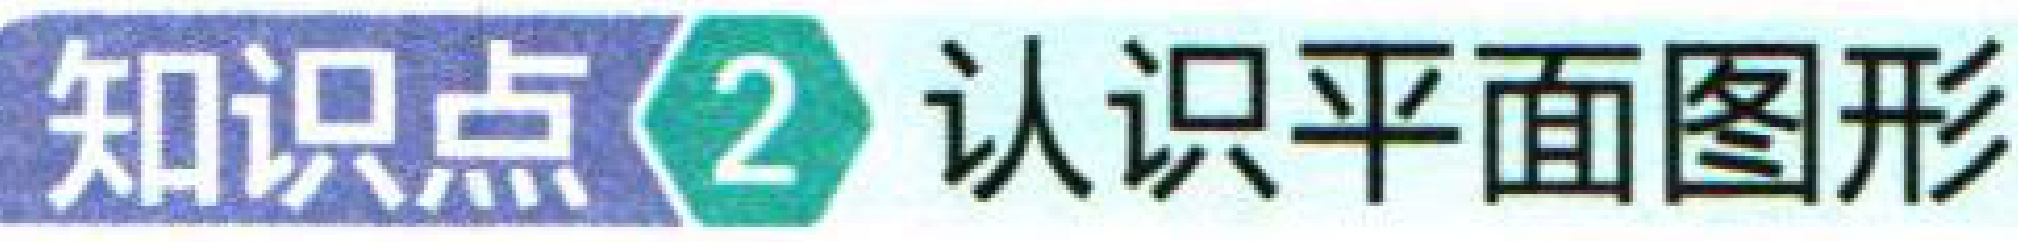
知识点\textcircled{2} 认识平面图形